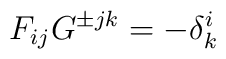
F_{ij}G^{\pm jk} = - \delta^i_k